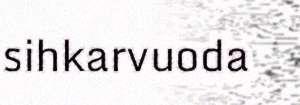
sihkarvuoda